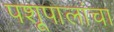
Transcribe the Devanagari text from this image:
पशूपालांचा